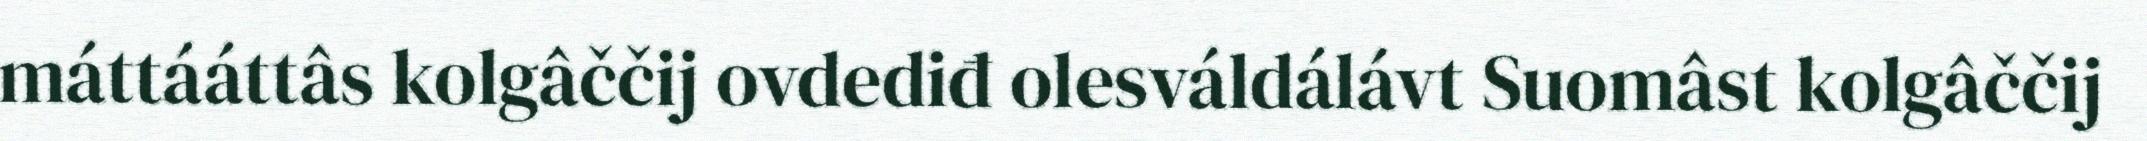
máttááttâs kolgâččij ovdediđ olesváldálávt Suomâst kolgâččij